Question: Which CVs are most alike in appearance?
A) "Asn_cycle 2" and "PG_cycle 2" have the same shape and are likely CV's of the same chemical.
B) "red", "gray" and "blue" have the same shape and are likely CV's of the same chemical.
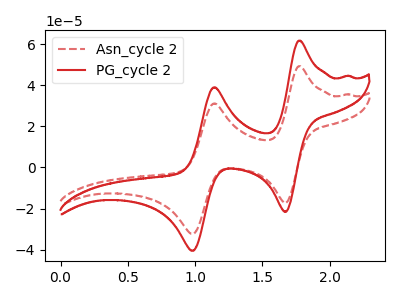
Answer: <think>The red dashed curve "Asn_cycle 2" has anodic peaks at (1.75V, 49.20uA) (1.15V, 31.10uA) and cathodic peaks at (1.65V, -17.25uA) (1.00V, -32.35uA). The red curve "PG_cycle 2" has anodic peaks at (1.75V, 61.60uA) (1.15V, 38.95uA) and cathodic peaks at (1.65V, -21.65uA) (1.00V, -40.50uA).
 All the peaks in "Asn_cycle 2" have a peak in "PG_cycle 2" at the same potential. Every peak in "Asn_cycle 2" is lower than every peak in "PG_cycle 2".</think>
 <answer>A) "Asn_cycle 2" and "PG_cycle 2" have the same shape and are likely CV's of the same chemical.</answer>
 <eval>A</eval>